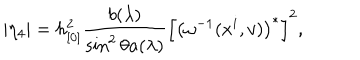
| \eta _ { 4 } | = h _ { [ 0 ] } ^ { 2 } \frac { b ( \lambda ) } { \sin ^ { 2 } \theta a ( \lambda ) } \left[ \left( \omega ^ { - 1 } ( x ^ { i } , v ) \right) ^ { \ast } \right] ^ { 2 } ,